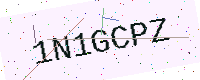
Text: 1N1GCPZ